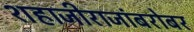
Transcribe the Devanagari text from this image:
शहाजीराजांबरोबर